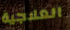
العلاجية